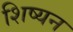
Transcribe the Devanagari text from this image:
शिष्यन